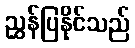
ညွှန်ပြနိုင်သည်